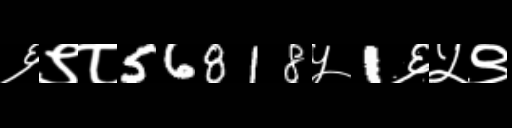
Text: ६९८56818५1६५९